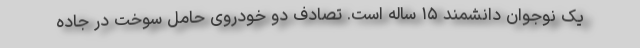
یک نوجوان دانشمند ۱۵ ساله است. تصادف دو خودروی حامل سوخت در جاده